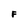
Character: F